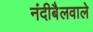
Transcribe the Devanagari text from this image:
नंदीबैलवाले